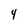
Character: 4